Vaccine operations Central Provinces 1900-1911 - 1900-1911
Year: 1900
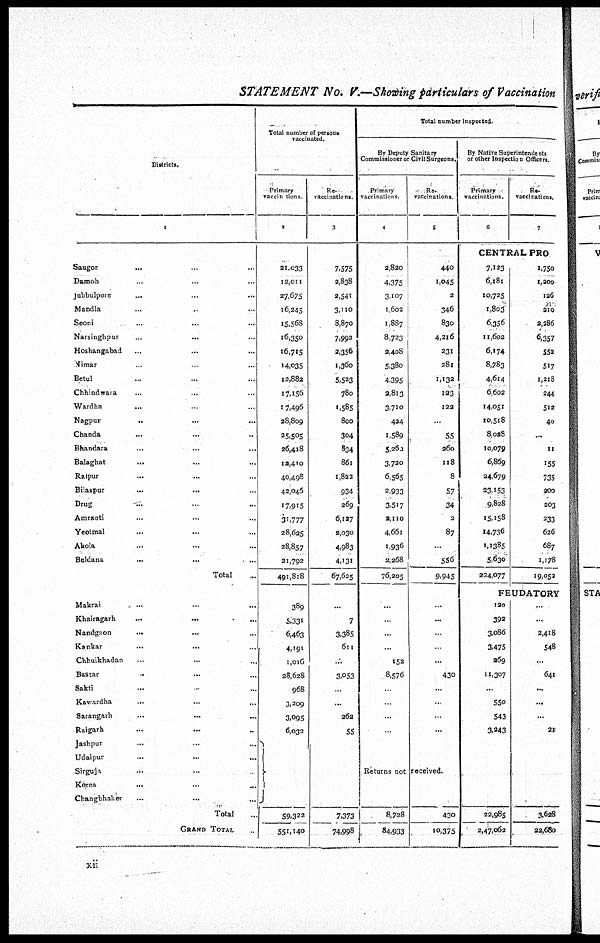
STATEMENT No. V.—Showing particulars of Vaccination
Districts.
1
Saugor ... ... ...
Damoh ... ... ...
Jubbulpore ... ... ...
Mandla ... ... ...
Seoni ... ... ...
Narsinghpur ... ... ...
Hoshangabad ... ... ...
Nimar ... ... ...
Betul ... ... ...
Chhindwara ... ... ...
Wardha ... ... ...
Nagpur
...
...
...
Chanda ... ... ...
Bhandara ... ... ...
Balaghat ... ... ...
Raipur ... ... ...
Bilaspur
...
...
...
Drug ... ... ...
Amraoti ... ... ...
Yeotmal ... ... ...
Akola ... ... ...
Buldana
...
...
...
Total ...
Makrai ... ... ...
Khairagarh ... ... ...
Nandgaon ... ... ...
Kankar
...
...
...
Chhuikhadan ... ... ...
Bastar ... ... ...
Sakti ... ... ...
Kawardha ... ... ...
Sarangarh ... ... ...
Raigarh ... ... ...
Jashpur ... ... ...
Udaipur ... ... ...
Sirguja ... ... ...
Korea
...
...
...
Changbhaker ... ... ...
Total ...
GRAND TOTAL ...
Total number of persons
vaccinated.
Primary
vaccinations.
2
21,033
12,011
27,675
16,245
15,568
16,350
16,715
14,035
12,882
17,156
17,496
28,809
25,505
26,418
12,410
40,498
42,046
17,915
31,777
28,625
28,857
21,792
491,818
389
5,331
6,463
4,191
1,016
28,628
968
3,209
3,095
6,032
59,322
551,140
Re-
vaccinations.
3
7,575
2,838
2,541
3,110
8,870
7,992
2,356
1,360
5,523
780
1,585
800
304
834
861
1,822
934
269
6,127
2,030
4,983
4,131
67,635
...
7
3,385
611
...
3,053
...
...
262
55
7,373
74,998
Total number inspected.
By Deputy Sanitary
Commissioner or Civil Surgeons.
Primary
vaccinations
4
2,820
4,375
3,107
1,602
1,887
8,723
2,408
5,380
4,395
2,813
3,710
424
1,589
5,263
3,720
6,565
2,933
3,517
2,110
4,661
1,936
2,268
76,205
...
..
...
...
152
8,576
...
...
...
...
Re-
vaccinations.
5
440
1,045
2
346
830
4,216
231
281
1,132
123
122
...
55
260
118
8
57
34
2
87
...
556
9,945
...
...
...
...
...
430
...
...
...
...
Returns not received.
8,728
84,933
430
10,375
By Native Superintendents
or other Inspection Officers.
Primary
vaccinations.
6
Re-
vaccinations.
7
CENTRAL PRO
7,123
6,181
10,725
1,803
6,356
11,602
6,174
8,783
4,614
6,602
14,051
10,518
8,028
10,079
6,869
24,679
23,153
9,828
15,158
14,736
1,1385
5,630
224,077
1,750
1,200
126
210
2,286
6,357
552
517
1,218
244
512
40
...
11
155
735
200
203
233
626
687
1,178
19,052
FEUDATORY
120
392
3,086
3,475
269
11,307
...
550
543
3,243
22,985
2,47,062
...
...
2,418
548
...
641
...
...
...
20
3,628
22,680
xii